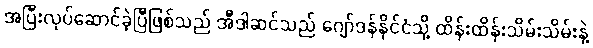
အပြီးလုပ်ဆောင်ခဲ့ပြီဖြစ်သည် အီဒါဆင်သည် ဂျော်ဒန်နိုင်ငံသို့ ထိန်းထိန်းသိမ်းသိမ်းနဲ့